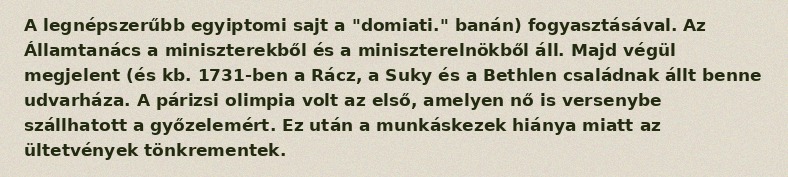
A legnépszerűbb egyiptomi sajt a "domiati." banán) fogyasztásával. Az Államtanács a miniszterekből és a miniszterelnökből áll. Majd végül megjelent (és kb. 1731-ben a Rácz, a Suky és a Bethlen családnak állt benne udvarháza. A párizsi olimpia volt az első, amelyen nő is versenybe szállhatott a győzelemért. Ez után a munkáskezek hiánya miatt az ültetvények tönkrementek.